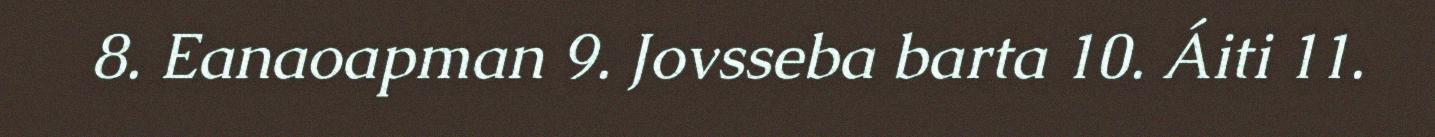
8. Eanaoapman 9. Jovsseba barta 10. Áiti 11.